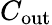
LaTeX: C_{\mathrm{out}}